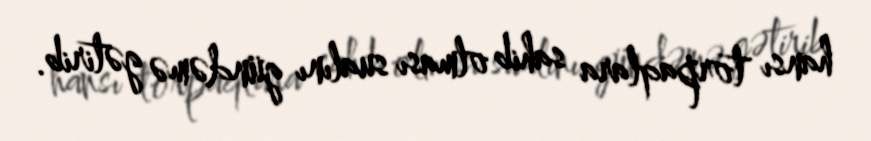
hansı torpaqlara sahib olması sualını gündəmə gətirib.